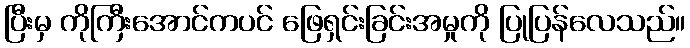
ပြီးမှ ကိုကြီးအောင်ကပင် ဖြေရှင်းခြင်းအမှုကို ပြုပြန်လေသည်။